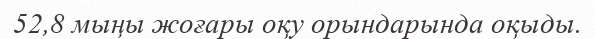
52,8 мыңы жоғары оқу орындарында оқыды.